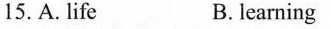
15. A. life B. learning